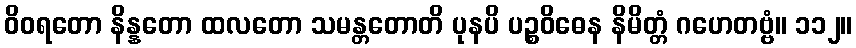
ဝိဝရတော နိန္နတော ထလတော သမန္တတောတိ ပုနပိ ပဉ္စဝိဓေန နိမိတ္တံ ဂဟေတဗ္ဗံ။ ၁၁၂။